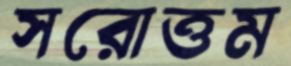
সরোত্তম